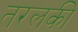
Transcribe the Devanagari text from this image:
तरलकी